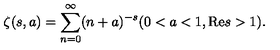
\zeta ( s , a ) = \sum _ { n = 0 } ^ { \infty } ( n + a ) ^ { - s } ( 0 < a < 1 , \mathrm { R e } s > 1 ) .